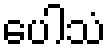
ပေါသံ